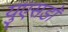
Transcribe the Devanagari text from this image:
युएसडॉ